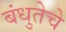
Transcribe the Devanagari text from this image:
बंधुतेचे